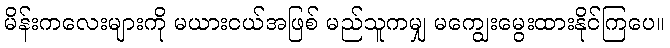
မိန်းကလေးများကို မယားငယ်အဖြစ် မည်သူကမျှ မကျွေးမွေးထားနိုင်ကြပေ။